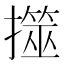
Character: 𢶅